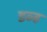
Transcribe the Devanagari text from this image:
डव्ह